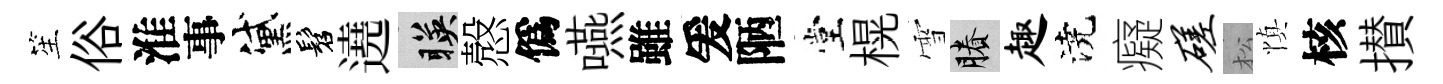
笙俗淮事黛髫遶暎慤僞嚥雖爰陋堂榥雪賸趣澆癡磋松慎核攅